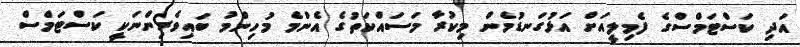
އަދި ކަސްޓަމްސްގެ ފެމިލީއަށް އަޅުގަނޑުމެން މިކުރާ މަސައްކަތުގެ އެންމެ މުހިންމު ބައިވެރިންނަކީ ކަސްޓަމްސް